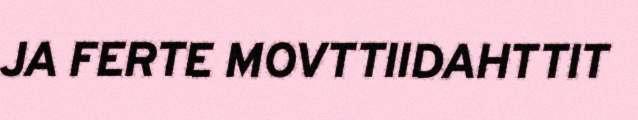
JA FERTE MOVTTIIDAHTTIT